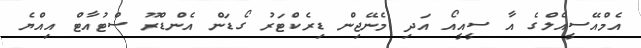
އެމްއޭސީއެލްގެ އާ ސީއީއޯ އަދި މެނޭޖިން ޑިރެކްޓަރު ގޯޑަން އެންޑްރޫ ސްޓުއާޓް އިއްޔެ